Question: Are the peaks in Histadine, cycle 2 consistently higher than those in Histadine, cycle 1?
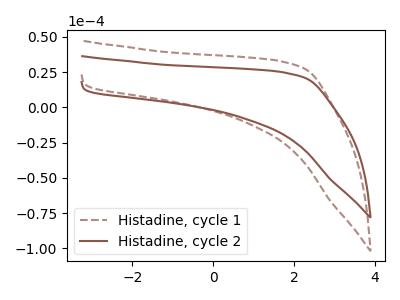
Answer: <think>The brown dashed curve "Histadine, cycle 1" has no peaks. The brown curve "Histadine, cycle 2" has no peaks.</think>
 <answer>Niether CV has any peaks.</answer>
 <eval>blanks</eval>